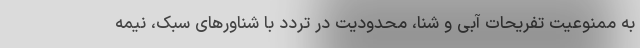
به ممنوعیت تفریحات آبی و شنا، محدودیت در تردد با شناورهای سبک، نیمه